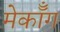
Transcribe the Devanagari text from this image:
मेकॉँग